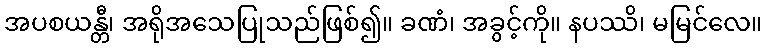
အပစယန္တီ၊ အရိုအသေပြုသည်ဖြစ်၍။ ခဏံ၊ အခွင့်ကို။ နပဿိ၊ မမြင်လေ။